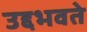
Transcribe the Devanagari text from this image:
उद्दभवते